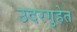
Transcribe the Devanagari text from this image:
उदरगुहेत